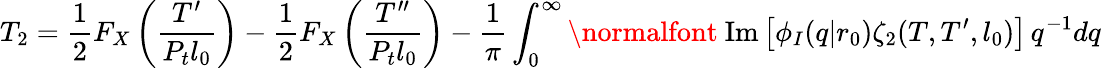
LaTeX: T_{2}=\frac{1}{2}F_{X}\left(\frac{T^{\prime}}{P_{t}l_{0}}\right)-\frac{1}{2}F_{X}\left(\frac{T^{\prime\prime}}{P_{t}l_{0}}\right)-\frac{1}{\pi}\int_{0}^{\infty}\mathrm{\normalfont~Im}\left[\phi_{I}(q|r_{0})\zeta_{2}(T,T^{\prime},l_{0})\right]\, q^{-1}dq